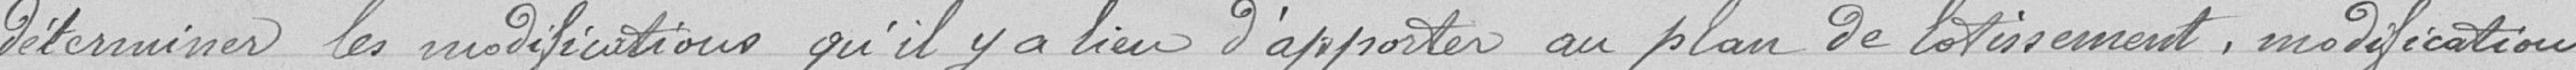
déterminer les modifications qu'il y a lieu d'apporter au plan du lotissement , modifications